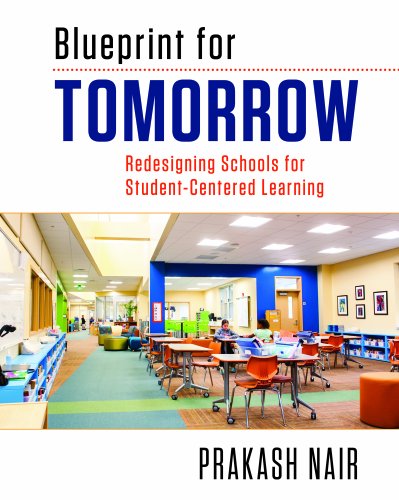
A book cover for Blueprint for Tomorrow: Redesigning Schools for Student-Centered Learning; Prakash Nair; Arts & Photography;